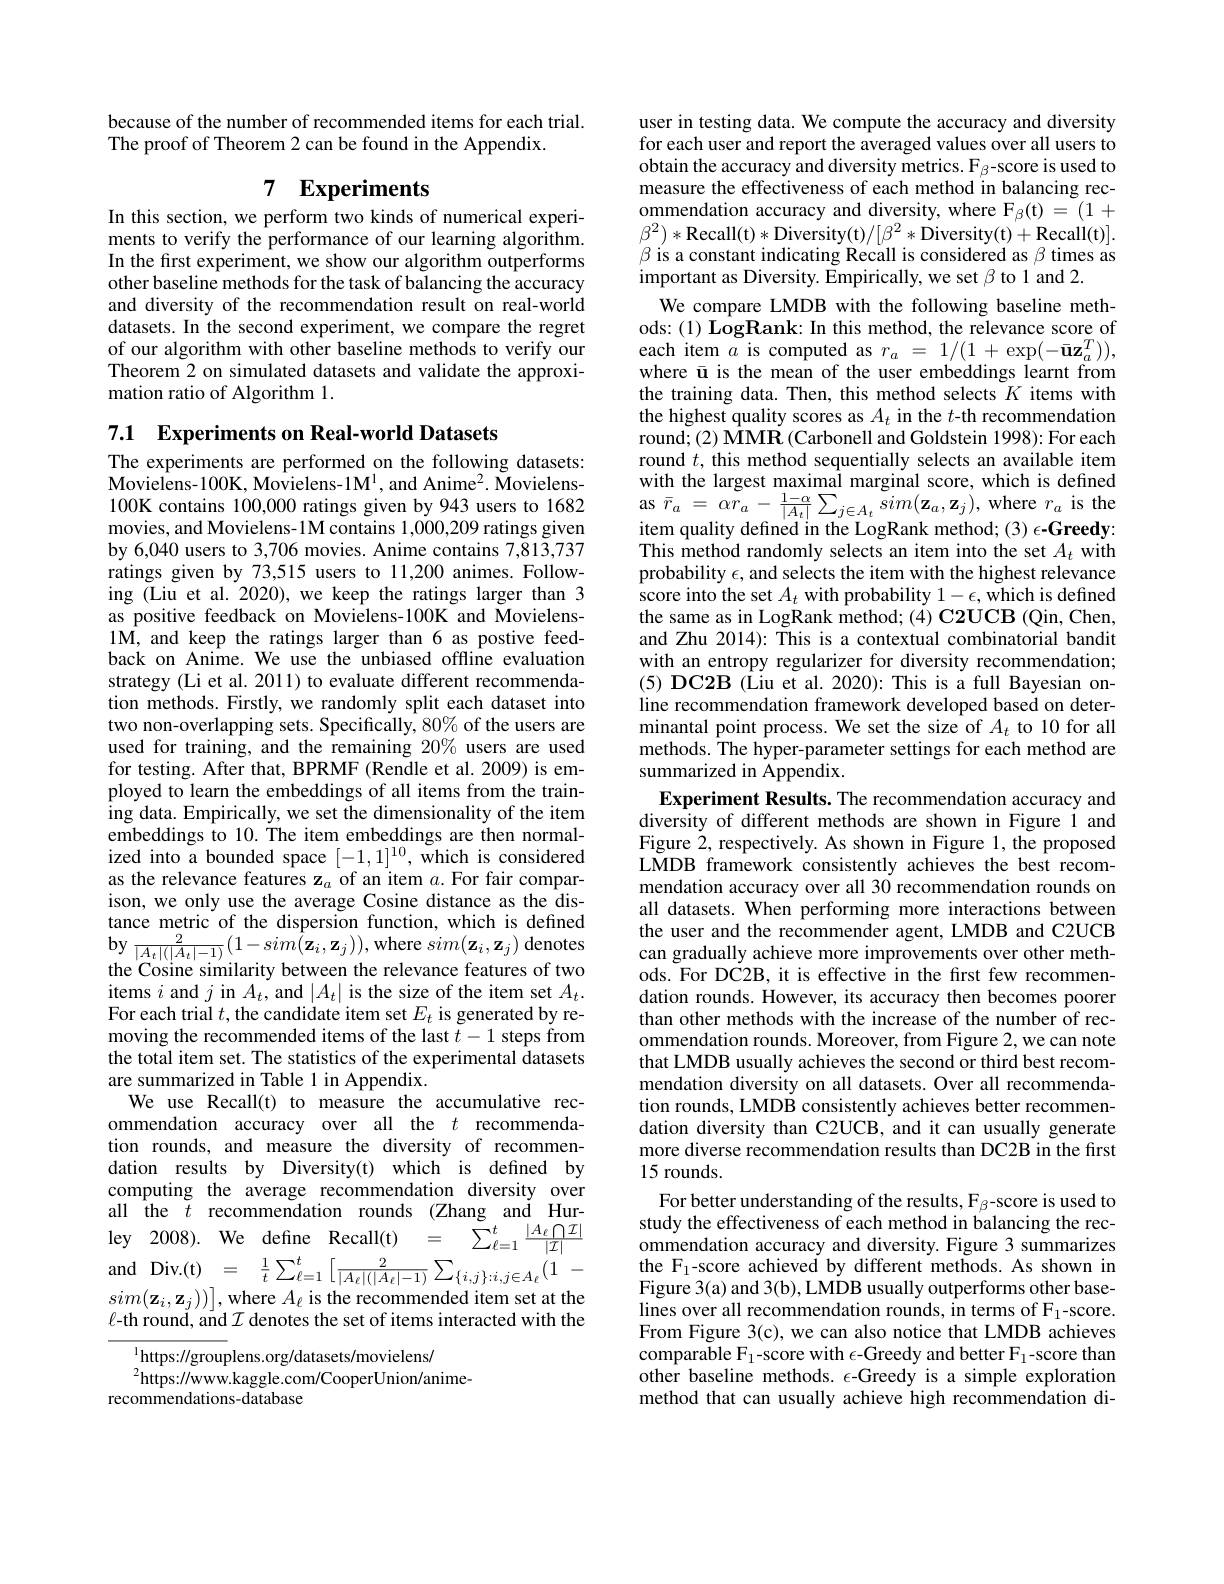
because of the number of recommended items for each trial.
The proof of Theorem 2 can be found in the Appendix.

## 7 $\mathbf{Experiments}$

In this section, we perform two kinds of numerical experiments to verify the performance of our learning algorithm. In the first experiment, we show our algorithm outperforms other baseline methods for the task of balancing the accuracy and diversity of the recommendation result on real-world datasets. In the second experiment, we compare the regret of our algorithm with other baseline methods to verify our Theorem 2 on simulated datasets and validate the approximation ratio of Algorithm 1.

7.1 $\textbf{Experiments on Real- world Datasets}$
The experiments are performed on the following datasets: Movielens-100K, Movielens-1M', and Anime?. Movielens- 100K contains 100,000 ratings given by 943 users to 1682 movies, and Movielens-1M contains 1,000,209 ratings given by 6,040 users to 3,706 movies. Anime contains 7,813,737 ratings given by 73,515 users to 11,200 animes. Following (Liu et al. 2020), we keep the ratings larger than 3 as positive feedback on Movielens-100K and Movielens- 1M, and keep the ratings larger than 6 as postive feedback on Anime. We use the unbiased offline evaluation strategy (Li et al. 2011) to evaluate different recommendation methods. Firstly, we randomly split each dataset into two non-overlapping sets. Specifically, 80% of the users are used for training, and the remaining 20% users are used for testing. After that, BPRMF (Rendle et al. 2009) is employed to learn the embeddings of all items from the training data. Empirically, we set the dimensionality of the item embeddings to 10. The item embeddings are then normalized into a bounded space $[-1,1]^{10}$, which is considered as the relevance features $\mathbf{z}_a$ of an item $a.$ For fair comparison, we only use the average Cosine distance as the distance metric of the dispersion function, which is defined $\begin{array}{l}{\mathrm{by~\frac{2}{|A_{t}|(|A_{t}|-1)}}(1-sim(\mathbf{z}_{i},\mathbf{z}_{j})),\mathrm{where~}sim(\mathbf{z}_{i},\mathbf{z}_{j})\mathrm{~denotes}}\\{\mathrm{the~Cosine~similarity~between~the~relevance~features~of~two}}\end{array}$ items $i$ and $j$ in $A_t$, and $|A_t|$ is the size of the item set $A_t.$ For each trial $t$, the candidate item set $E_t$ is generated by removing the recommended items of the last $t-1$ steps from the total item set. The statistics of the experimental datasets are summarized in Table 1 in Appendix.
We use Recall(t) to measure the accumulative recommendation accuracy over all the $t$ recommendation rounds, and measure the diversity of recommendation results by Diversity(t) which is defined by computing the average recommendation diversity over all the $t$ recommendation rounds (Zhang and Hurley 2008). We define Recall(t) = $\tilde{\sum } _{\ell = 1}^{t}\frac {| A_{\ell }\bigcap \mathcal{I} | }{| \mathcal{I} | }$ $\begin{array}{rcl}{\mathrm{and}}&{\mathrm{Div.(t)}}&{=}&{\frac{1}{t}\sum_{\ell=1}^{t}\left[\frac{2}{|A_{\ell}|(|A_{\ell}|-1)}\sum_{\{i,j\}:i,j\in A_{\ell}}(1-1)\right]}\\\end{array}$ $sim(\mathbf{z}_i,\mathbf{z}_j))]$,where $A_\ell$ is the recommended item set at the $\ell$-th round, and $\mathcal{I}$ denotes the set of items interacted with the
$^{1}$https://grouplens.org/datasets/movielens/

$^{2}$https://www.kaggle.com/CooperUnion/anime-
recommendations-database

user in testing data. We compute the accuracy and diversity for each user and report the averaged values over all users to obtain the accuracy and diversity metrics. F$_\beta$-score is used to measure the effectiveness of each method in balancing recommendation accuracy and diversity, where $\mathrm{F}_{\beta}($t)=(1+ $\beta$ is a constant indicating Recall is considered as $\beta$ times as important as Diversity. Empirically, we set $\beta$ to 1 and 2.
We compare LMDB with the following baseline methods: (1) LogRank: In this method, the relevance score of each item $a$ is computed as $r_a=1/(1+\exp(-\bar{\mathbf{u}}\mathbf{z}_{a}^{T}))$, where ū is the mean of the user embeddings learnt from the training data. Then, this method selects $K$ items with the highest quality scores as $A_t$ in the $t$-th recommendation round; (2) MM$\dot{\mathbf{R}}$ (Carbonell and Goldstein 1998): For each round $t$, this method sequentially selects an available item with the largest maximal marginal score, which is defined $\begin{array}{l}{\mathrm{as~}\bar{r}_{a}\:=\:\alpha r_{a}\:-\:\frac{1-\alpha}{|A_{t}|}\sum_{j\in A_{t}}\:sim(\mathbf{z}_{a},\mathbf{z}_{j}),\:\mathrm{where~}\:r_{a}\:\mathrm{is~the}\\{\mathrm{item~quality~defined~in~the~LogRank~method;~(3)~\epsilon-Greedy:}}\end{array}}\\$ This method randomly selects an item into the set $A_t$ with probability $\epsilon$, and selects the item with the highest relevance score into the set $A_t$ with probability $1-\epsilon$, which is defined the same as in LogRank method; (4) C2UCB (Qin, Chen, and Zhu 2014): This is a contextual combinatorial bandit with an entropy regularizer for diversity recommendation; (5) DC2B (Liu et al. 2020): This is a full Bayesian online recommendation framework developed based on determinantal point process. We set the size of $A_t$ to 10 for all methods. The hyper-parameter settings for each method are summarized in Appendix.
Experiment Results. The recommendation accuracy and diversity of different methods are shown in Figure l and Figure 2, respectively. As shown in Figure 1, the proposed LMDB framework consistently achieves the best recommendation accuracy over all 30 recommendation rounds on all datasets. When performing more interactions between the user and the recommender agent, LMDB and C2UCB can gradually achieve more improvements over other methods. For DC2B, it is effective in the first few recommendation rounds. However, its accuracy then becomes poorer than other methods with the increase of the number of recommendation rounds. Moreover, from Figure 2, we can note that LMDB usually achieves the second or third best recommendation diversity on all datasets. Over all recommendation rounds, LMDB consistently achieves better recommendation diversity than C2UCB, and it can usually generate more diverse recommendation results than DC2B in the first 15 rounds.
For better understanding of the results, F$_\beta$-score is used to study the effectiveness of each method in balancing the recommendation accuracy and diversity. Figure 3 summarizes the F$_1$-score achieved by different methods. As shown in Figure 3(a) and 3(b), LMDB usually outperforms other baselines over all recommendation rounds, in terms of F$_1$-score. From Figure 3(c), we can also notice that LMDB achieves comparable $F_1$-score with $\epsilon$-Greedy and better $F_1$-score than $\hat{\text{other baseline methods.}\epsilon}$-Greedy is a simple exploration method that can usually achieve high recommendation di-